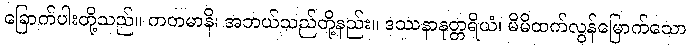
ခြောက်ပါးတို့သည်။ ကတမာနိ၊ အဘယ်သည်တို့နည်း။ ဒဿနာနုတ္တရိယံ၊ မိမိထက်လွန်မြောက်သော